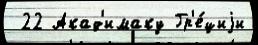
 22 Акад'имаку Гр'е́циjи